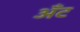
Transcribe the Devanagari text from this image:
अँट